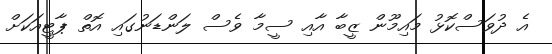
އެ ދުވަސްކޮޅު މައިމޫން ޒީބާ އާއި ސީމާ ވެސް ލަންޑަނުގައި އޮތް ޕާޓީއަކަށް